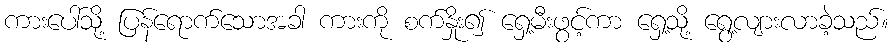
ကားပေါ်သို့ ပြန်ရောက်သောအခါ ကားကို စက်နှိုး၍ ရှေ့မီးဖွင့်ကာ ရှေ့သို့ ရွေ့လျားလာခဲ့သည်။